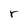
Character: r